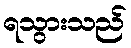
ရသွားသည်